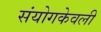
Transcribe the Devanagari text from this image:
संयोगकेवली